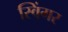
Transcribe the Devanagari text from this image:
स्विंगर